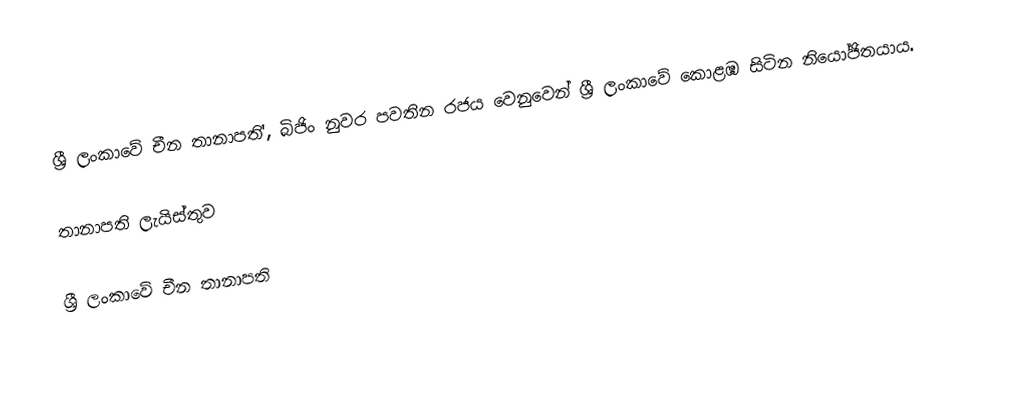
ශ්‍රී ලංකාවේ චීන තානාපති', බිජිං නුවර පවතින රජය වෙනුවෙන් ශ්‍රී ලංකාවේ කොළඹ සිටින නියෝජිතයාය.

තානාපති ලැයිස්තුව

ශ්‍රී ලංකාවේ චීන තානාපති